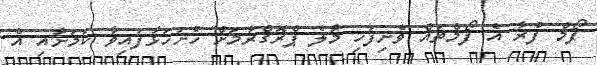
ފޯމް ފުރާ އެ ފޯމްތައް ވެށިފަހި މާލެ ޕްރޮގްރާމަށް ހުށަހަޅާފައިވާ ކަމަށާއި އެ